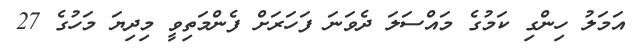
އަމަލު ހިންގި ކަމުގެ މައްސަލަ ދެވަނަ ފަހަރަށް ފެންމަތިވީ މިދިޔަ މަހުގެ 27